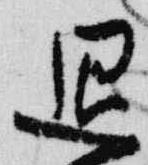
退